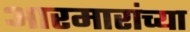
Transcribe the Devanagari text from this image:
आरमारांच्या